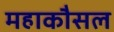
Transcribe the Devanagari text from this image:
महाकौसल